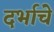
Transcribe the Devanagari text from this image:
दर्भाचे